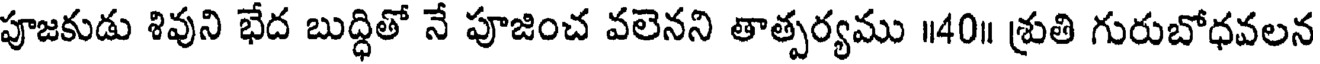
పూజకుడు శివుని భేద బుద్ధితో నే పూజించ వలెనని తాత్పర్యము ॥40॥ శ్రుతి గురుబోధవలన